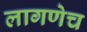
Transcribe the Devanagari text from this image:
लागणेच